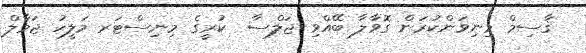
ޤާސިމް މިނިވަންކުރަން ގޮވާލާ ބޭއްވި ޖަލްސާ  ކުރީގެ މިނިސްޓަރ މަލީހު ޖަމާލް